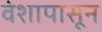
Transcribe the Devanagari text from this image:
वंशापासून